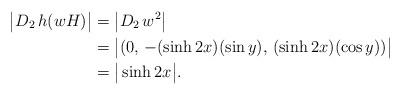
LaTeX: \begin{align*} \big| D_2 \, h(wH) \big| &= \big| D_2 \, w^2 \big| \\ &= \big| ( 0, \, - (\sinh{2x}) (\sin{y}), \, (\sinh{2x}) (\cos{y}) ) \big| \\ &= \big| \sinh{2x} \big|.\end{align*}